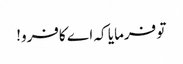
تو فرمایا کہ اے کافرو!